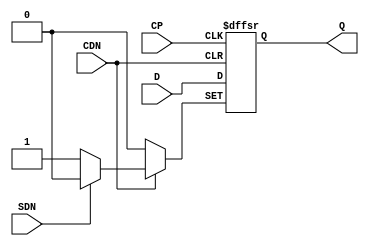
// This program was cloned from: https://github.com/intel/aib-phy-hardware
// License: Apache License 2.0

// SPDX-License-Identifier: Apache-2.0
// Copyright (C) 2019 Intel Corporation. All rights reserved
module aibcr3_ff_rp ( 
	input wire CP,
	input wire CDN,
	input wire SDN,
	input wire D,
	output reg Q
);

always@(posedge CP or negedge CDN or negedge SDN) begin
	if (!CDN) begin
		Q <= 1'b0;
	end
	else if (!SDN) begin
		Q <= 1'b1;
	end
	else begin
		Q <= D;
	end
end
endmodule